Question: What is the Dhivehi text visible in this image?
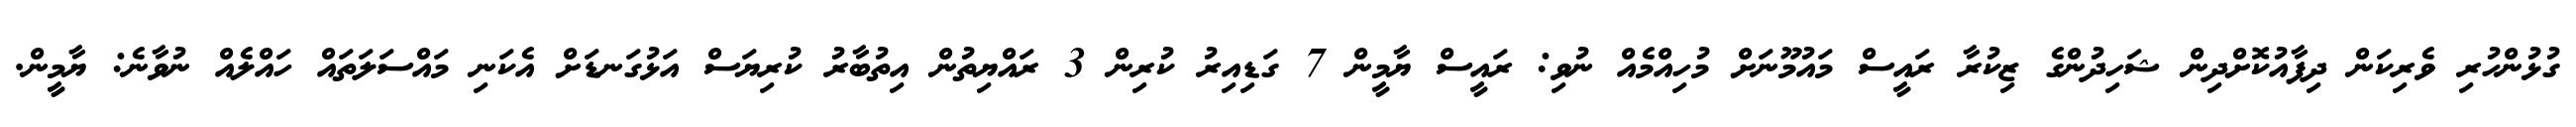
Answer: ގުޅުންހުރި ވެރިކަން ދިފާއުކޮށްދިން ޝަހިދުންގެ ޒިކުރާ ރައީސް މައުމޫނަށް މުހިއްމެއް ނުވި: ރައީސް ޔާމީން 7 ގަޑިއިރު ކުރިން 3 ރައްޔިތުން އިތުބާރު ކުރިޔަސް އަޅުގަނޑަށް އެކަނި މައްސަލަތައް ހައްލެއް ނުވާނެ: ޔާމީން.